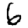
Digit: 6